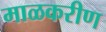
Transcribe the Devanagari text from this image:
माळकरीण